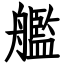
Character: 艦